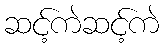
ဆင့်ကဲဆင့်ကဲ